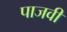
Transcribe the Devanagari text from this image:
पाजवी